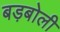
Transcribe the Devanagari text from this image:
बड़बोली